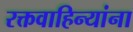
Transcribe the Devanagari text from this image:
रक्तवाहिन्यांना